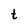
Character: t